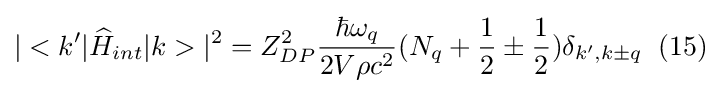
|<k'|{\widehat {H}}_{int}|k>|^{2}=Z_{DP}^{2}{\frac {\hbar \omega _{q}}{2V\rho c^{2}}}(N_{q}+{\frac {1}{2}}\pm {\frac {1}{2}})\delta _{k',k\pm q}\;\;(15)